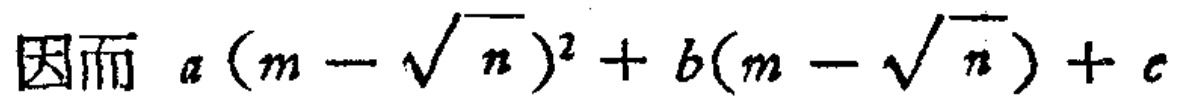
因而 \(a(m - \sqrt{n})^2 + b(m - \sqrt{n}) + c\)